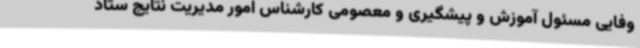
وفایی مسئول آموزش و پیشگیری و معصومی کارشناس امور مدیریت نتایج ستاد